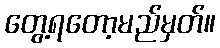
တွေ့ရတော့မည်မှတ်။